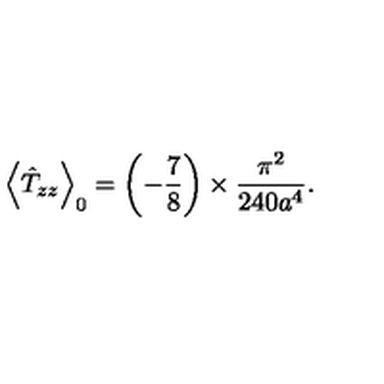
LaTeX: \left\langle \hat { T } _ { z z } \right\rangle _ { 0 } = \left( - \frac { 7 } { 8 } \right) \times \frac { \pi ^ { 2 } } { 2 4 0 a ^ { 4 } } .